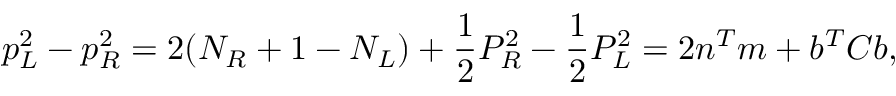
p _ { L } ^ { 2 } - p _ { R } ^ { 2 } = 2 ( N _ { R } + 1 - N _ { L } ) + \frac { 1 } { 2 } P _ { R } ^ { 2 } - \frac { 1 } { 2 } P _ { L } ^ { 2 } = 2 n ^ { T } m + b ^ { T } C b ,